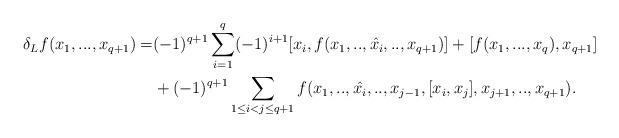
LaTeX: \begin{align*} \delta_Lf(x_1,...,x_{q+1})=&(-1)^{q+1}\sum_{i=1}^q (-1)^{i+1}[x_i,f(x_1,..,\hat{x_i},..,x_{q+1})]+[f(x_1,...,x_q),x_{q+1}]\\ &+(-1)^{q+1}\sum_{1\leq i< j \leq q+1}f(x_1,..,\hat{x_i},..,x_{j-1},[x_i,x_j],x_{j+1},..,x_{q+1}).\end{align*}